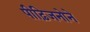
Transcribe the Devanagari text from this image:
पीढ़िजनोने